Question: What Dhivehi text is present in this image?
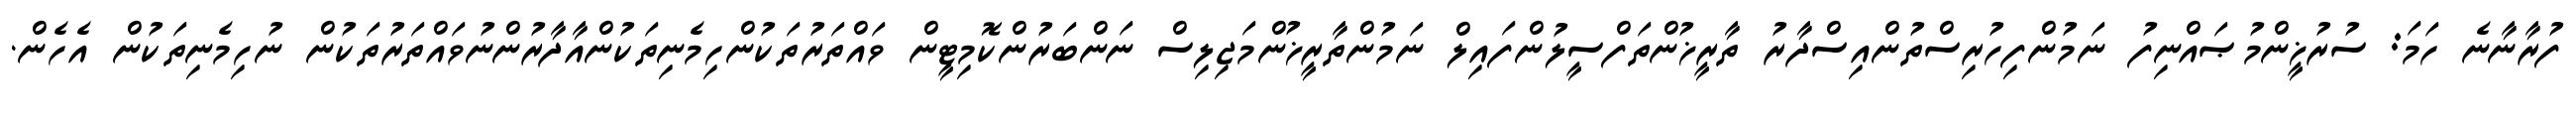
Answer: ފުރާނާނެ ހަމަ: ސުރުޚީންމުޞައްނިފު ނަމުންފިހުރިސްތުންއިސްދާރު ތާރީޚުންތަފްސީލުންފައިލް ނަމުންތާރީޚުންމަޖިލިސް ނަންބަރުންކޮމިޓީން ވައްތަރުތަކުންހިމެނިތަކުންއާދާރުންނުވައްތަރުތަކުން ނުހިމެނިތަކުން އެހެން.